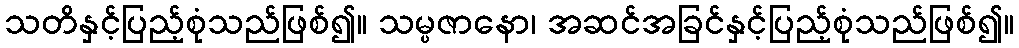
သတိနှင့်ပြည့်စုံသည်ဖြစ်၍။ သမ္ပဇာနော၊ အဆင်အခြင်နှင့်ပြည့်စုံသည်ဖြစ်၍။